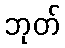
ဘုတ်